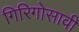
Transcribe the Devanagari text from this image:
गिरिगोसावी